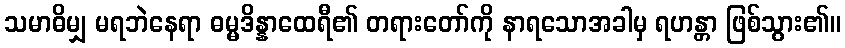
သမာဓိမျှ မရဘဲနေရာ ဓမ္မဒိန္နာထေရီ၏ တရားတော်ကို နာရသောအခါမှ ရဟန္တာ ဖြစ်သွား၏။